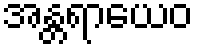
အန္တရာယေဝ